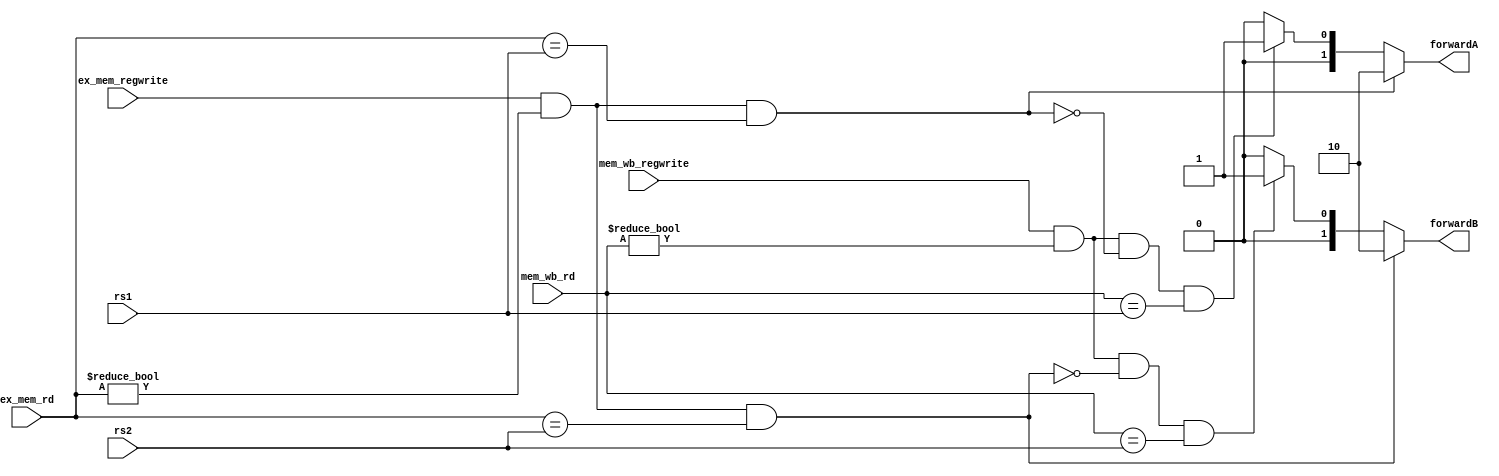
////////////////////////////////////////FORWARDING_MODULE/////////////////////////////////////////////////////
module forwarding(input [4:0] rs1,
                  input [4:0] rs2,
                  input [4:0] ex_mem_rd,
                  input [4:0] mem_wb_rd,
                  input ex_mem_regwrite,
                  input mem_wb_regwrite,
                  output reg [1:0] forwardA,forwardB);

    always @(*) begin
        forwardA = 0;
        forwardB = 0;
        if(mem_wb_regwrite && (mem_wb_rd != 0) && ~(ex_mem_regwrite && ex_mem_rd != 0 && ex_mem_rd == rs1) && mem_wb_rd == rs1) begin
            forwardA = 2'b01;
        end
        if(mem_wb_regwrite && (mem_wb_rd != 0) && ~(ex_mem_regwrite && ex_mem_rd != 0 && ex_mem_rd == rs2) && mem_wb_rd == rs2) begin
            forwardB = 2'b01;
        end
        if(ex_mem_regwrite && ex_mem_rd != 0 && ex_mem_rd == rs1) begin
            forwardA = 2'b10;
        end
        if(ex_mem_regwrite && ex_mem_rd != 0 && ex_mem_rd == rs2) begin
            forwardB = 2'b10;
        end
    end
endmodule